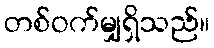
တစ်ဝက်မျှရှိသည်။